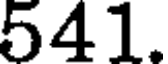
541.